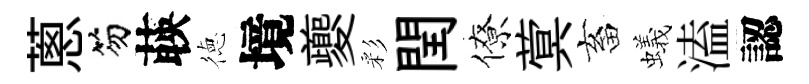
蔥笏𦴤徳境夔彩閏僚蓂畜蟻溘認